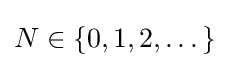
N\in \left\{0,1,2,\dots \right\}